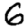
Digit: 6